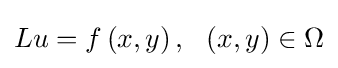
Lu=f\left(x,y\right),\ \ \left(x,y\right)\in \Omega